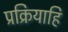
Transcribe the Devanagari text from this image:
प्रक्रियाहि